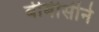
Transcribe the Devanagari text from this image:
बीबीसीने